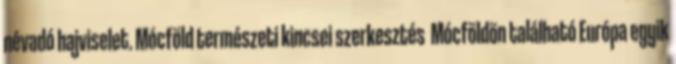
névadó hajviselet. Mócföld természeti kincsei szerkesztés Mócföldön található Európa egyik